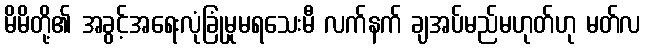
မိမိတို့၏ အခွင့်အရေးလုံခြုံမှုမရသေးမီ လက်နက် ချအပ်မည်မဟုတ်ဟု မတ်လ